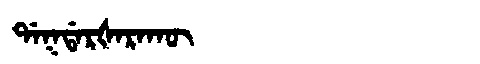
Manchu: ᡩᠠᡴᡩᠠᡵᡧᠠᡵᠠᡴᡡ
Romanization: DAKDARŠARAKŪ